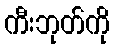
ကီးဘုတ်ကို